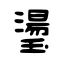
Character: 璗